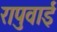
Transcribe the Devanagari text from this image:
रापुवाई